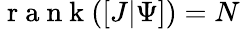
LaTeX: \mathrm{~r~a~n~k~}([J\vert\Psi])=N